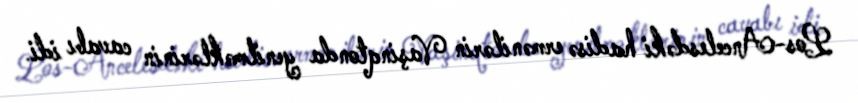
Los-Ancelesdəki hadisə ermənilərin Vaşinqtonda yenilməklərinin cavabı idi.